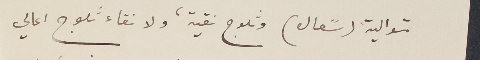
متوالية (سًعال) وثلوج نقية، ولا نقاء ثلوج اعالي